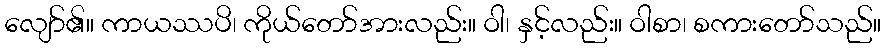
လျော်၏။ ကာယဿပိ၊ ကိုယ်တော်အားလည်း။ ဝါ၊ နှင့်လည်း။ ဝါစာ၊ စကားတော်သည်။